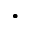
\boldsymbol { \cdot }